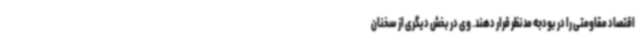
اقتصاد مقاومتی را در بودجه مدنظر قرار دهند. وی در بخش دیگری از سخنان